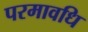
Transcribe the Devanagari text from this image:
परमावधि